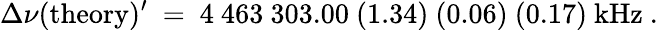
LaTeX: \Delta\nu(\mathrm{theory})^{\prime}~=~4~463~303.00~(1.34)~(0.06)~(0.17)~\mathrm{kHz}~.